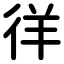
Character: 徉